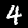
Digit: 4